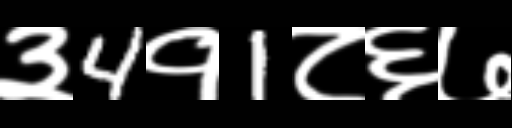
Text: ३4१1८६७